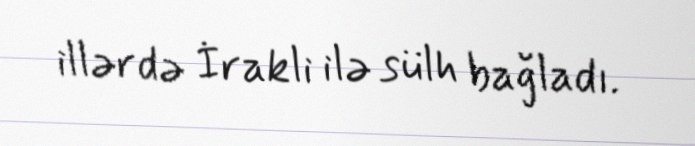
illərdə İrakli ilə sülh bağladı.